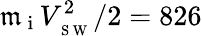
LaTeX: \mathfrak{m}_{\mathrm{{~i~}}}V_{_{\mathrm{{~S~W~}}}}^{2}/2=826